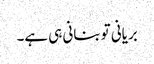
بریانی تو بنانی ہی ہے۔